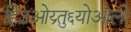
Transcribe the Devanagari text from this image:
हिउओय्र्तु६योओलो